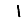
Digit: 1